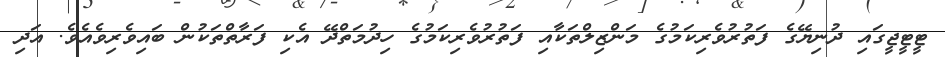
ޓީޓީޖީގައި ދުނިޔޭގެ ފަތުރުވެރިކަމުގެ މަންޒިލްތަކާއި ފަތުރުވެރިކަމުގެ ހިދުމަތްދޭ އެކި ފަރާތްތަކުން ބައިވެރިވެއެވެ. އަދި